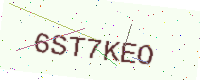
Text: 6ST7KEO